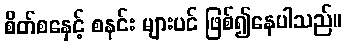
စိတ်စနှေင့် စနင်း များပင် ဖြစ်၍နေပါသည်။